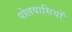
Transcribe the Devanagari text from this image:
पोलवासियों